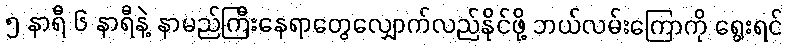
၅ နာရီ ၆ နာရီနဲ့ နာမည်ကြီးနေရာတွေလျှောက်လည်နိုင်ဖို့ ဘယ်လမ်းကြောကို ရွေးရင်